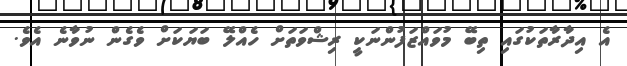
އެ އިދާރާތަކުގައި ތިބޭ މުވައްޒަފުންނަކީ ރިޝްވަތަށް ހެއްލޭ ބަޔަކަށް ވެގެން ނުވާނެ އެވެ.